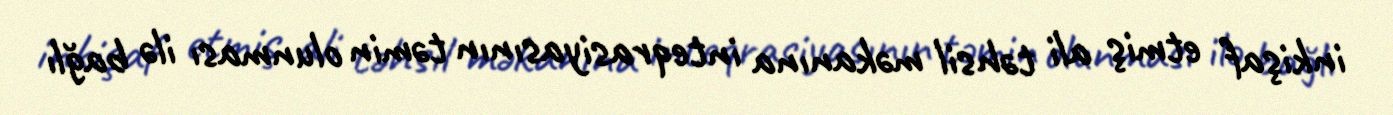
inkişaf etmiş ali təhsil məkanına inteqrasiyasının təmin olunması ilə bağlı